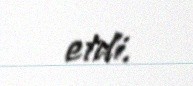
etdi.